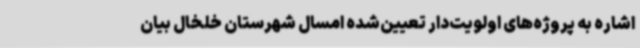
اشاره به پرو‌ژه‌های اولویت‌دار تعیین‌شده امسال شهرستان خلخال بیان